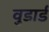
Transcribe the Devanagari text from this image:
वुडार्ड